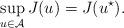
LaTeX: \begin{align*} \sup_{u\in\mathcal{A}}J(u)=J(u^{\star}).\end{align*}